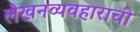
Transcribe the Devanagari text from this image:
लेखनव्यवहाराची